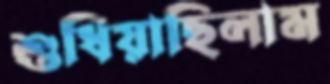
শুধিয়াছিলাম